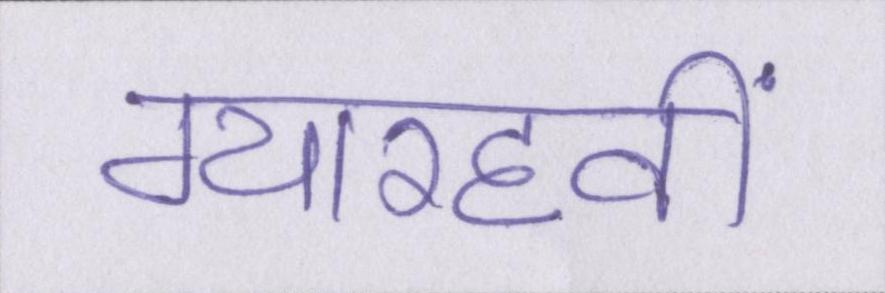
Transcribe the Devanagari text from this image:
ग्यारहवीं